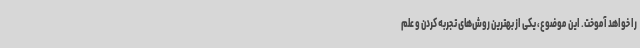
را خواهد آموخت. این موضوع، یکی از بهترین روش‌های تجربه کردن و علم